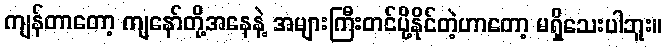
ကျန်တာတော့ ကျနော်တို့အနေနဲ့ အများကြီးတင်ပို့နိုင်တဲ့ဟာတော့ မရှိသေးပါဘူး။